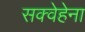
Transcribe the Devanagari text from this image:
सक्वेहेना